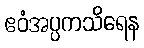
ဧဝံအပ္ပကသိရေန